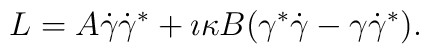
L = A \dot\gamma \dot\gamma^{*} + \imath \kappa B (\gamma^{*} \dot\gamma - \gamma \dot\gamma^{*} ).